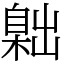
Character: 𦤙